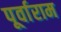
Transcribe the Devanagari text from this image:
पूर्वाराम